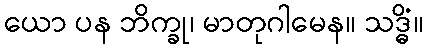
ယော ပန ဘိက္ခု၊ မာတုဂါမေန။ သဒ္ဓိံ။